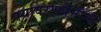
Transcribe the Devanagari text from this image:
पर्यावरणप्रेमींनी